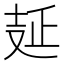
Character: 𠭐